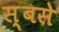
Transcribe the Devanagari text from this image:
स्बसे